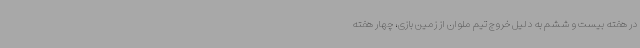
در هفته بیست و ششم به دلیل خروج تیم ملوان از زمین بازی، چهار هفته